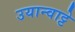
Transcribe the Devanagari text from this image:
उयान्वाट्टे